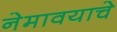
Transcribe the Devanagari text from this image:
नेमावयाचे